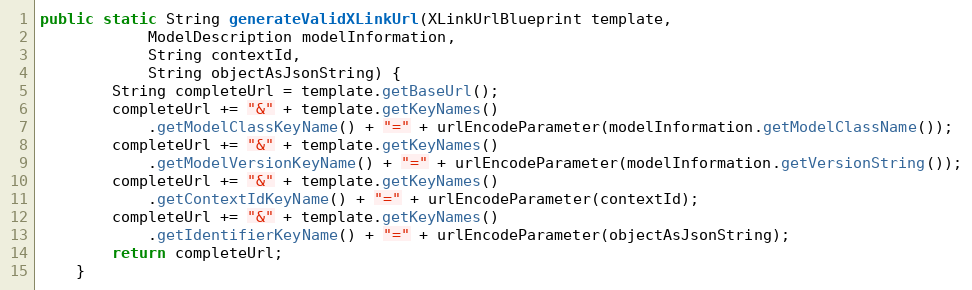
Language: Java
public static String generateValidXLinkUrl(XLinkUrlBlueprint template,
            ModelDescription modelInformation,
            String contextId,
            String objectAsJsonString) {
        String completeUrl = template.getBaseUrl();
        completeUrl += "&" + template.getKeyNames()
            .getModelClassKeyName() + "=" + urlEncodeParameter(modelInformation.getModelClassName());
        completeUrl += "&" + template.getKeyNames()
            .getModelVersionKeyName() + "=" + urlEncodeParameter(modelInformation.getVersionString());
        completeUrl += "&" + template.getKeyNames()
            .getContextIdKeyName() + "=" + urlEncodeParameter(contextId);
        completeUrl += "&" + template.getKeyNames()
            .getIdentifierKeyName() + "=" + urlEncodeParameter(objectAsJsonString);
        return completeUrl;
    }